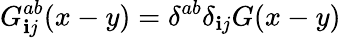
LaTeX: G_{\mathbf{i}j}^{ab}(x-y)=\delta^{ab}\delta_{\mathbf{i}j}G(x-y)